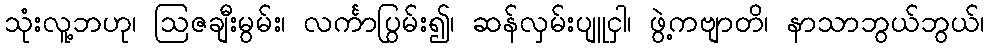
သုံးလူ့ဘဟု၊ ဩဇချီးမွမ်း၊ လင်္ကာပြွမ်း၍၊ ဆန်လှမ်းပျူငှါ၊ ဖွဲ့ကဗျာတိ၊ နာသာဘွယ်ဘွယ်၊